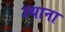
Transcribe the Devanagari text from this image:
उथाना